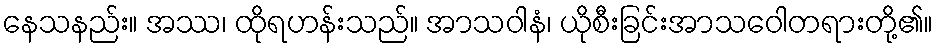
နေသနည်း။ အဿ၊ ထိုရဟန်းသည်။ အာသဝါနံ၊ ယိုစီးခြင်းအာသဝေါတရားတို့၏။